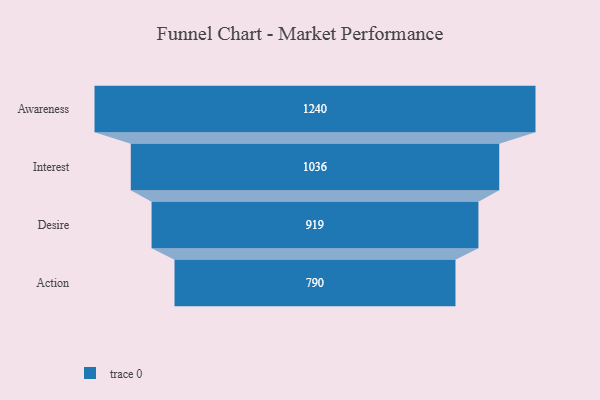
{"axis": {"x": "Stage", "y": "Value"}, "legend": [""], "data": [{"x": "Awareness", "y": 1240.0, "type": ""}, {"x": "Interest", "y": 1036.0, "type": ""}, {"x": "Desire", "y": 919.0, "type": ""}, {"x": "Action", "y": 790.0, "type": ""}]}